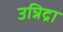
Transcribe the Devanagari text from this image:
उन्निद्रा